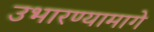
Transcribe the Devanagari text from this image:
उभारण्यामागे